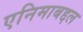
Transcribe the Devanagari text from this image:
एनिमाबद्दल